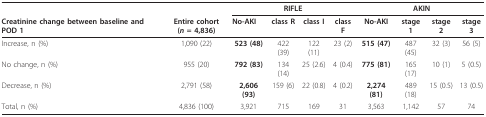
<table><thead><tr><td></td><td></td><td colspan="4"><b>RIFLE</b></td><td colspan="4"><b>AKIN</b></td></tr><tr><td><b>Creatinine change between baseline and POD 1</b></td><td><b>Entire cohort (<i>n </i>= 4,836)</b></td><td><b>No-AKI</b></td><td><b>class R</b></td><td><b>class I</b></td><td><b>class F</b></td><td><b>No-AKI</b></td><td><b>stage 1</b></td><td><b>stage 2</b></td><td><b>stage 3</b></td></tr></thead><tbody><tr><td>Increase, n (%)</td><td>1,090 (22)</td><td><b>523 (48)</b></td><td>422 (39)</td><td>122 (11)</td><td>23 (2)</td><td><b>515 (47)</b></td><td>487 (45)</td><td>32 (3)</td><td>56 (5)</td></tr><tr><td>No change, n (%)</td><td>955 (20)</td><td><b>792 (83)</b></td><td>134 (14)</td><td>25 (2.6)</td><td>4 (0.4)</td><td><b>775 (81)</b></td><td>165 (17)</td><td>10 (1)</td><td>5 (0.5)</td></tr><tr><td>Decrease, n (%)</td><td>2,791 (58)</td><td><b>2,606 (93)</b></td><td>159 (6)</td><td>22 (0.8)</td><td>4 (0.2)</td><td><b>2,274 (81)</b></td><td>489 (18)</td><td>15 (0.5)</td><td>13 (0.5)</td></tr><tr><td>Total, n (%)</td><td>4,836 (100)</td><td>3,921</td><td>715</td><td>169</td><td>31</td><td>3,563</td><td>1,142</td><td>57</td><td>74</td></tr></tbody></table>